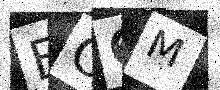
Text: EC6M